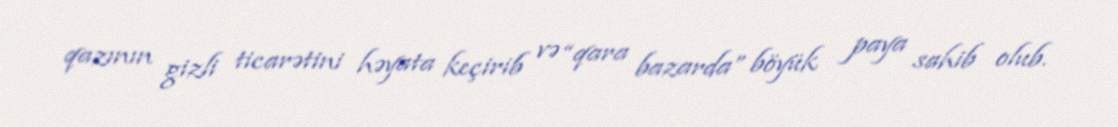
qazının gizli ticarətini həyata keçirib və “qara bazarda” böyük paya sahib olub.